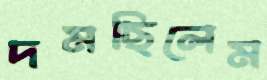
দমছিলেম